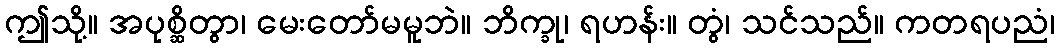
ဤသို့။ အပုစ္ဆိတွာ၊ မေးတော်မမူဘဲ။ ဘိက္ခု၊ ရဟန်း။ တွံ၊ သင်သည်။ ကတရပညံ၊